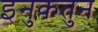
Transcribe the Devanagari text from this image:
इनुकतुन